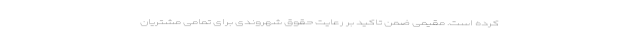
کرده است. مقیمی ضمن تاکید بر رعایت حقوق شهروندی برای تمامی مشتریان